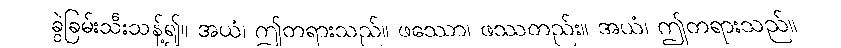
ခွဲခြမ်းသီးသန့်၍။ အယံ၊ ဤတရားသည်။ ဖဿော၊ ဖဿတည်း။ အယံ၊ ဤတရားသည်။